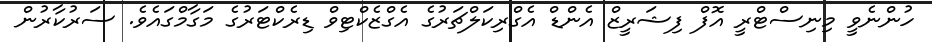
ހުންނެވީ މިނިސްޓްރީ އޮފް ފިޝަރީޒް އެންޑް އެގްރިކަލްޗަރުގެ އެގްޒެކްޓިވް ޑިރެކްޓަރުގެ މަގާމްގައެވެ. ސަރުކާރުން